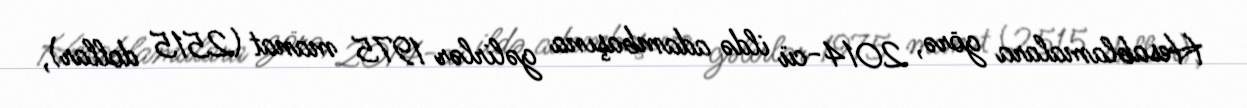
Hesablamalara görə, 2014-cü ildə adambaşına gəlirlər 1975 manat (2515 dollar),